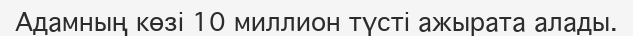
Адамның көзі 10 миллион түсті ажырата алады.